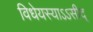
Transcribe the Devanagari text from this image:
विधेयस्याऽऽसीद्